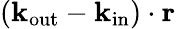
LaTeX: (\mathbf k_{\mathrm{out}}-\mathbf k_{\mathrm{in}})\cdot{\mathbf r}